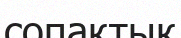
сопақтық